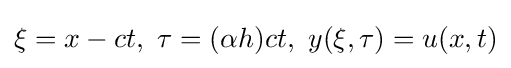
\xi =x-ct,\ \tau =(\alpha h)ct,\ y(\xi ,\tau )=u(x,t)